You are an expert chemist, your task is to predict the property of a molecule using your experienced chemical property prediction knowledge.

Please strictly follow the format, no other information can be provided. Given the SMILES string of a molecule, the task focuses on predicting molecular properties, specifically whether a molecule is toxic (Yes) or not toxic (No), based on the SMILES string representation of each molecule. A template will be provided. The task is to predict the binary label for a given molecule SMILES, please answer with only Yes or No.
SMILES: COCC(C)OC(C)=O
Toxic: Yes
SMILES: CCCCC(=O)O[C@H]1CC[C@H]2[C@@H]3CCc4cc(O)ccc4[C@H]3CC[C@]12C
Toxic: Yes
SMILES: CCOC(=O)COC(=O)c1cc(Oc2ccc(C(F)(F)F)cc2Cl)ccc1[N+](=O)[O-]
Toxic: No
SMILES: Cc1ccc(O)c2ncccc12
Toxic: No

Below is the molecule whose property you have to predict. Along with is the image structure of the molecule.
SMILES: CC(C)NCC(O)c1ccccc1Cl
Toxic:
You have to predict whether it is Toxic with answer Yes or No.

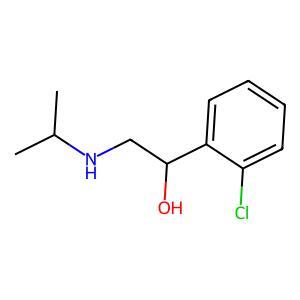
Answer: No